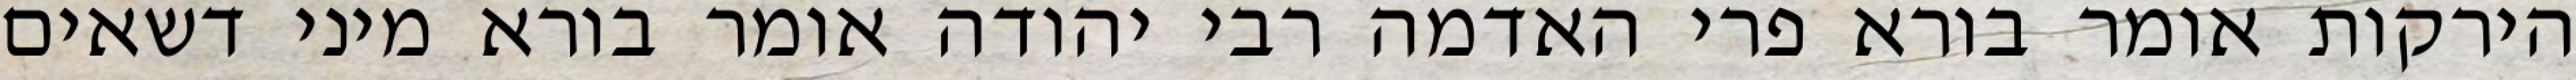
הירקות אומר בורא פרי האדמה רבי יהודה אומר בורא מיני דשאים